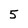
Character: 5